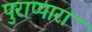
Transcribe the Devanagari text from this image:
पुराप्पारा